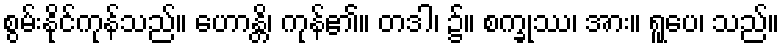
စွမ်းနိုင်ကုန်သည်။ ဟောန္တိ၊ ကုန်၏။ တဒါ၊ ၌။ စက္ခုဿ၊ အား။ ရူပေ၊ သည်။